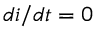
{ d i } / { d t } = 0